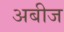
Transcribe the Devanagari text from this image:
अबीज